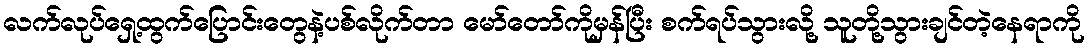
လက်လုပ်ရှေ့ထွက်ပြောင်းတွေနဲ့ပစ်လိုက်တာ မော်တော်ကိုမှန်ပြီး စက်ရပ်သွားလို့ သူတို့သွားချင်တဲ့နေရာကို